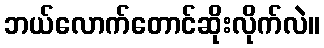
ဘယ်လောက်တောင်ဆိုးလိုက်လဲ။